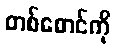
တစ်စောင်ကို